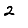
Digit: 2